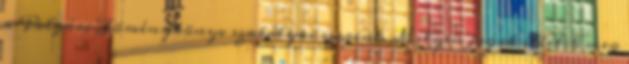
a Polgári Törvénykönyv szabályai szerint. Milyen jogok illetik meg